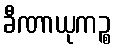
ခီဏာယုကဉ္စ